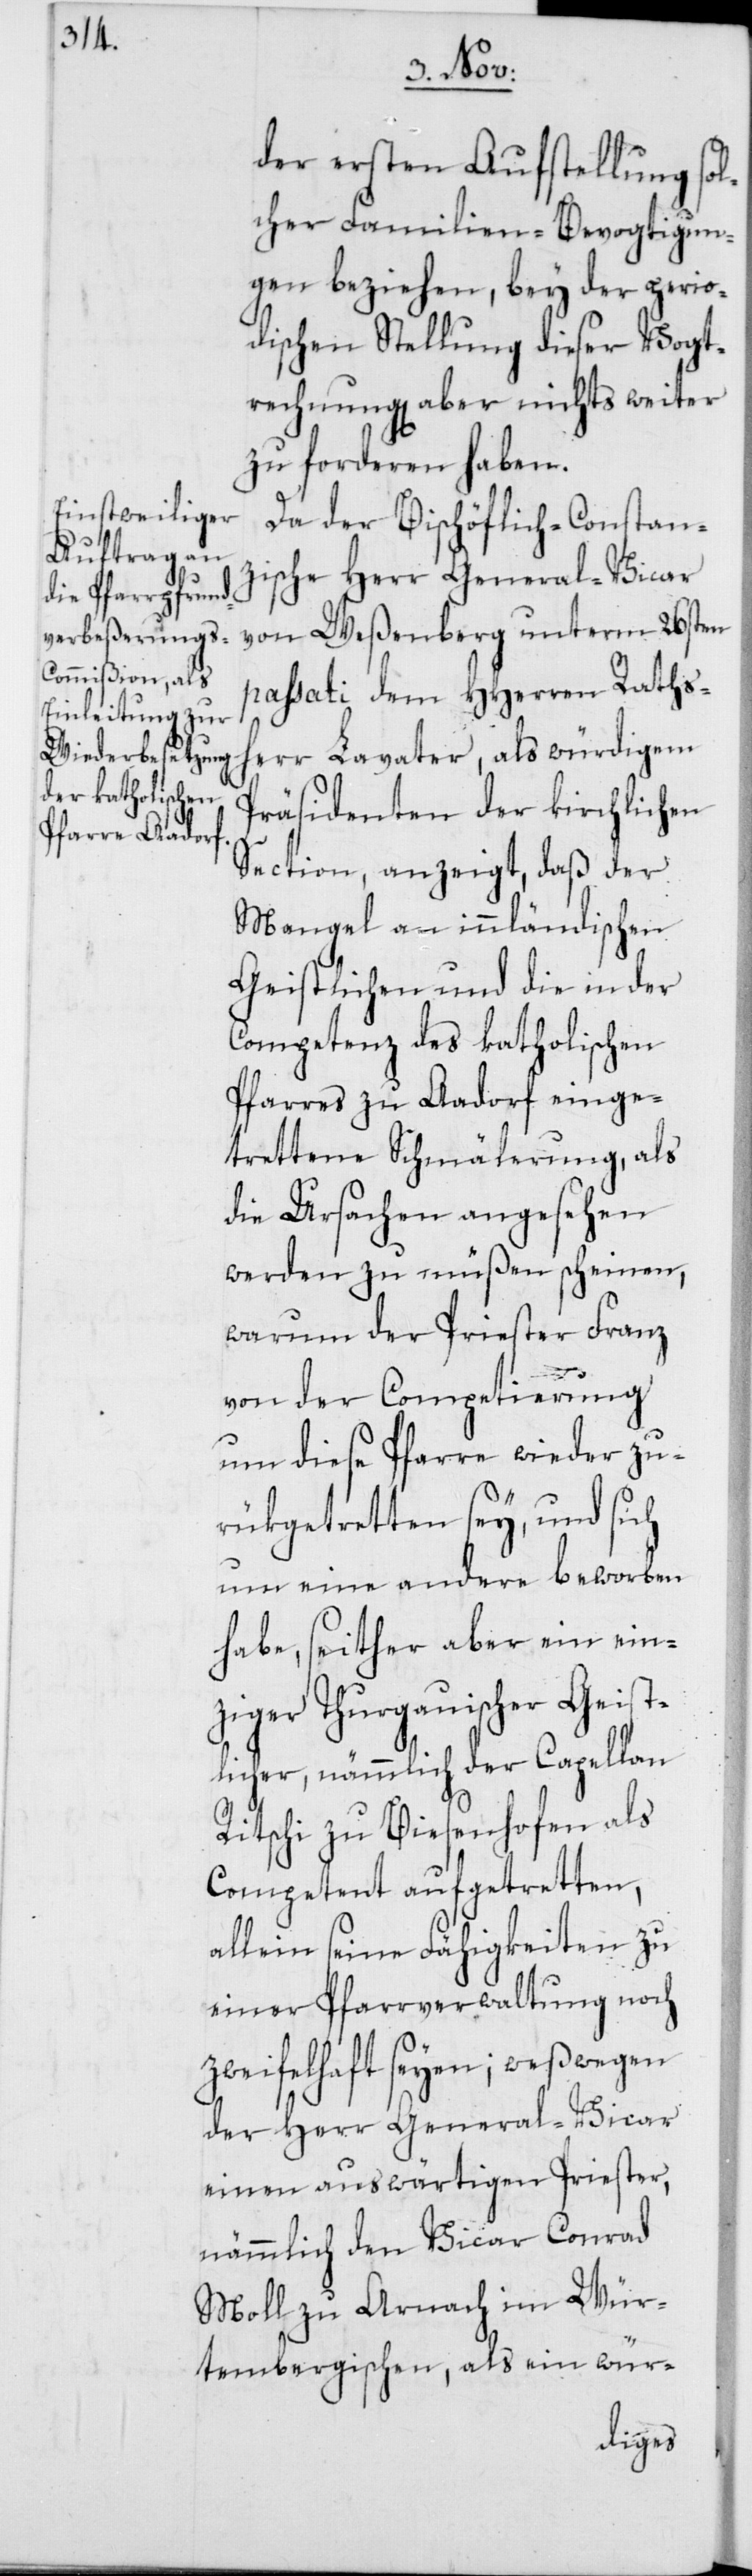
der ersten Aufstellung sol¬
cher Familien-Bevogtigun¬
gen beziehen, bey der perio¬
dischen Stellung dieser Vogt¬
rechnung aber nichts weiter
zu forderen haben.
Da der Bischöflich-Constan¬
zische Herr General-Vicar
von Weßenberg unterm 26sten
passati dem HHerren Raths¬
herr Lavater, als würdigem
Präsidenten der kirchlichen
Section, anzeigt, daß der
Mangel an innländischen
Geistlichen und die in der
Competenz des katholischen
Pfarrers zu Aadorf einge¬
trettene Schmälerung, als
die Ursachen angesehen
werden zu müßen scheinen,
warum der Priester Franz
von der Competierung
um diese Pfarre wieder zu¬
rükgetretten sey, und sich
um eine andere beworben
habe, seither aber ein ein¬
ziger Thurgauischer Geist¬
licher, nämmlich der Capellan
Ritschi zu Biesenhofen als
Competent aufgetretten,
allein seine Fähigkeiten zu
einer Pfarrverwaltung noch
zweifelhaft seyen; weßwegen
der Herr General-Vicar
einen auswärtigen Priester,
nämmlich den Vicar Conrad
Moll zu Arnach im Wür¬
tembergischen, als ein wür-